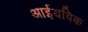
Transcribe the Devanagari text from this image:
आईयविक